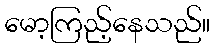
မော့ကြည့်နေသည်။